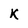
Character: K